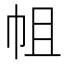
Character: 𢂈